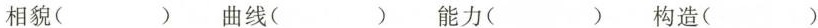
相貌( ) 曲线( ) 能力( ) 构造( )